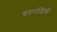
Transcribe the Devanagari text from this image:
वनराजियाँ